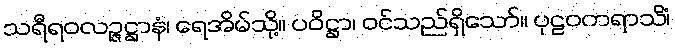
သရီရဝလဉ္ဇဋ္ဌာနံ၊ ရေအိမ်သို့။ ပဝိဋ္ဌာ၊ ဝင်သည်ရှိသော်။ ပုဠဝကရာသိံ၊